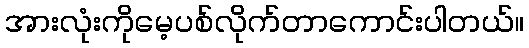
အားလုံးကိုမေ့ပစ်လိုက်တာကောင်းပါတယ်။